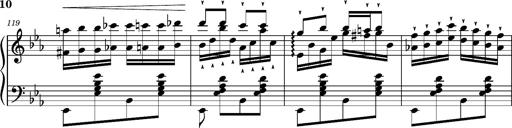
Title: Magyar rapszÃ³diÃ¡k
Composer: Franz Liszt